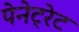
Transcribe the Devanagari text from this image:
पेनेट्रेट